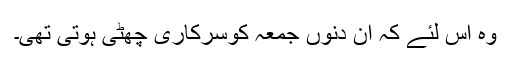
وہ اس لئے کہ ان دنوں جمعہ کوسرکاری چھٹی ہوتی تھی۔